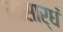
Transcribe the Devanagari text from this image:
मासार्धं